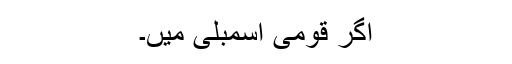
اگر قومی اسمبلی میں۔